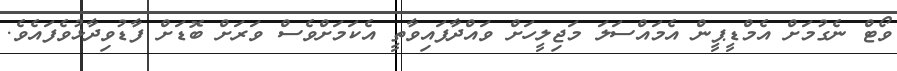
ވޯޓް ނެގުމަށް އެމްޑީޕީން އެމައްސަލަ މަޖިލީހަށް ވައްދާފައިވާތީ އެކަމަށްވެސް ވަރަށް ބޮޑަށް ފާޑުވިދާޅުވެފައެވެ.